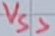
Text: VSS